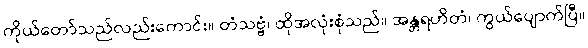
ကိုယ်တော်သည်လည်းကောင်း။ တံသဗ္ဗံ၊ ထိုအလုံးစုံသည်။ အန္တရဟိတံ၊ ကွယ်ပျောက်ပြီ။